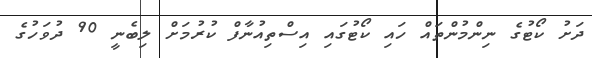
ދަށު ކޯޓުގެ ނިންމުންތައް ހައި ކޯޓުގައި އިސްތިއުނާފް ކުރުމަށް ލިބެނީ 90 ދުވަހުގެ